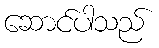
ဆောင်ပါသည်